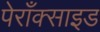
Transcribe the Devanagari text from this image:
पेराँक्साइड